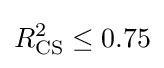
R_{\text{CS}}^{2}\leq 0.75